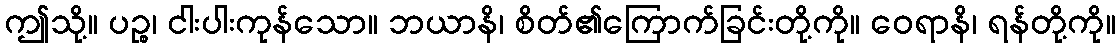
ဤသို့။ ပဉ္စ၊ ငါးပါးကုန်သော။ ဘယာနိ၊ စိတ်၏ကြောက်ခြင်းတို့ကို။ ဝေရာနိ၊ ရန်တို့ကို။